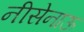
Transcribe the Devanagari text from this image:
नीसेनाऊ